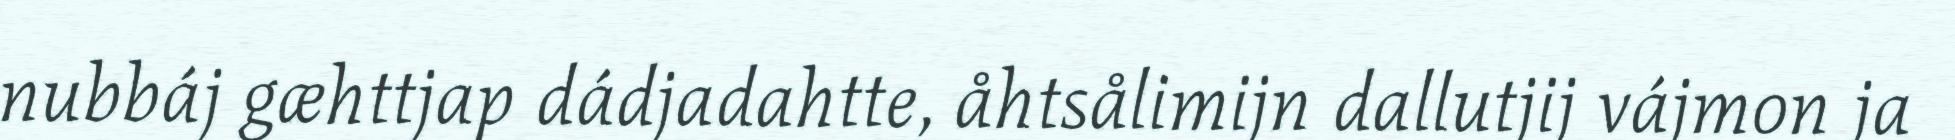
nubbáj gæhttjap dádjadahtte, åhtsålimijn dallutjij vájmon ja